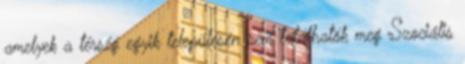
amelyek a térség egyik településén sem találhatók meg Szociális